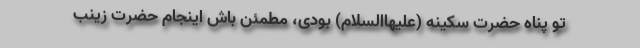
تو پناه حضرت سکینه (علیهاالسلام) بودی، مطمئن باش اینجام حضرت زینب